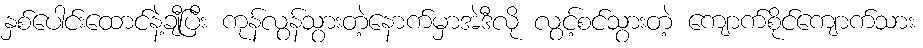
နှစ်ပေါင်းထောင်နဲ့ချီပြီး ကုန်လွန်သွားတဲ့နောက်မှာအဲဒီလို လွင့်စင်သွားတဲ့ ကျောက်စိုင်ကျောက်သား